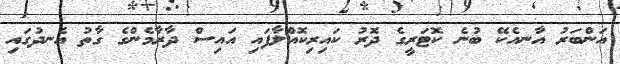
އަންބަރު އާނއެކޭ ބުނެ ކޮޓަރީގެ ދޮރު ކައިރިކޮއްލާފައި އައިސް ދާރާމެންގެ ގާތު އެނދުގައި